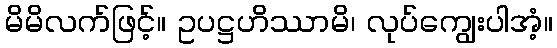
မိမိလက်ဖြင့်။ ဥပဋ္ဌဟိဿာမိ၊ လုပ်ကျွေးပါအံ့။